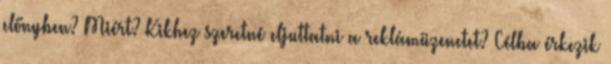
előnyben? Miért? Kikhez szeretné eljuttatni a reklámüzenetet? Célba érkezik